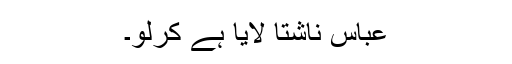
عباس ناشتا لایا ہے کرلو۔